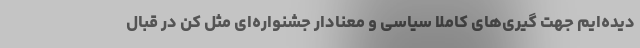
دیده‌ایم جهت گیری‌های کاملا سیاسی و معنادار جشنواره‌ای مثل کن در قبال